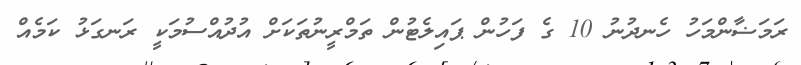
ރަމަޟާންމަހު ހެނދުނު 10 ގެ ފަހުން ޕައިލެޓުން ތަމްރީނުތަކަށް އުދުއްސުމަކީ ރަނގަޅު ކަމެއް